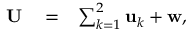
\begin{array} { r l r } { { \bf U } } & { { } = } & { \sum _ { k = 1 } ^ { 2 } { \bf u } _ { k } + { \bf w } , } \end{array}